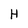
Character: H